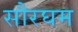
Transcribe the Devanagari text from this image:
सौरघम